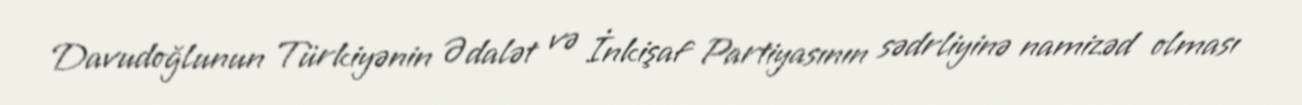
Davudoğlunun Türkiyənin Ədalət və İnkişaf Partiyasının sədrliyinə namizəd olması